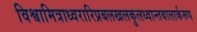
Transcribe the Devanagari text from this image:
विश्वामित्राध्वरारिप्रबलखलकुलध्वान्तबालार्करूप